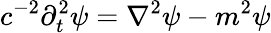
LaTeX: c^{-2}\partial_{t}^{2}\psi=\nabla^{2}\psi-m^{2}\psi